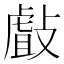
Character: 㪥